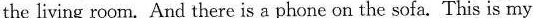
the living room. And there is a phone on the sofa. This is my